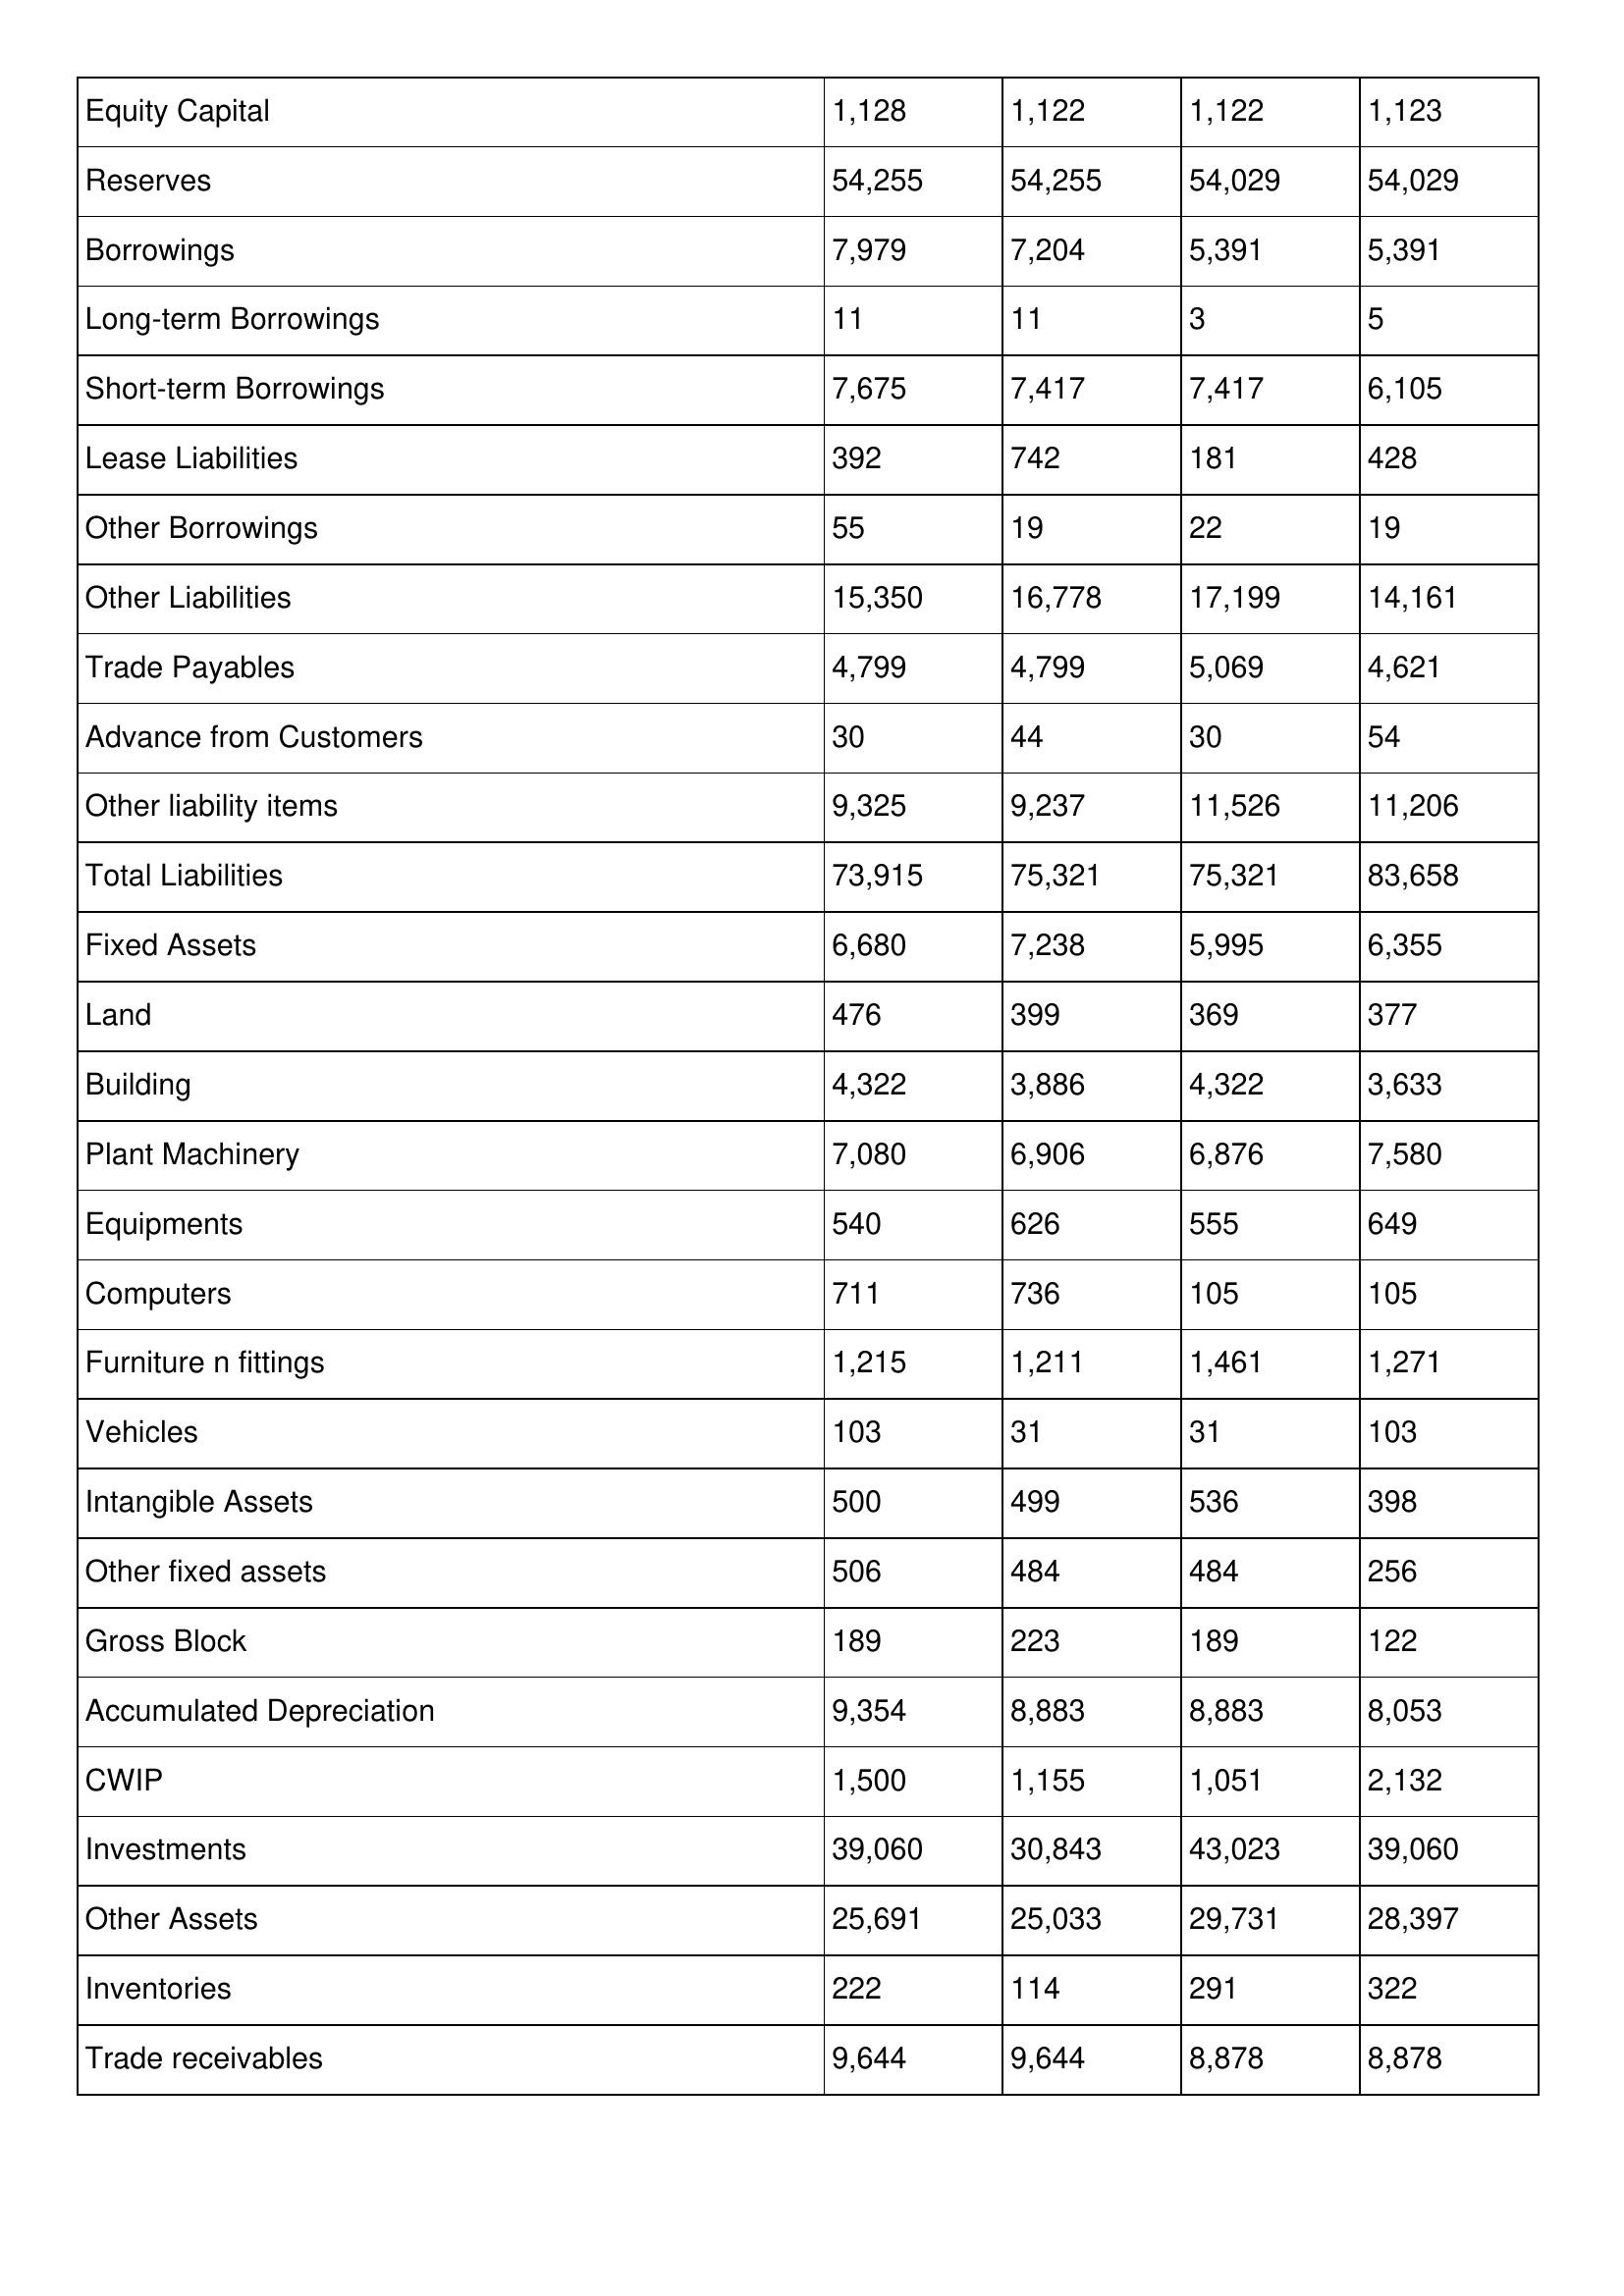
gt_parse: 2008: Balance Sheet: Equity Capital: 1,128
Reserves: 54,255
Borrowings: 7,979
Long-term Borrowings: 11
Short-term Borrowings: 7,675
Lease Liabilities: 392
Other Borrowings: 55
Other Liabilities: 15,350
Trade Payables: 4,799
Advance from Customers: 30
Other liability items: 9,325
Total Liabilities: 73,915
Fixed Assets: 6,680
Land: 476
Building: 4,322
Plant Machinery: 7,080
Equipments: 540
Computers: 711
Furniture n fittings: 1,215
Vehicles: 103
Intangible Assets: 500
Other fixed assets: 506
Gross Block: 189
Accumulated Depreciation: 9,354
CWIP: 1,500
Investments: 39,060
Other Assets: 25,691
Inventories: 222
Trade receivables: 9,644
2007: Balance Sheet: Equity Capital: 1,122
Reserves: 54,255
Borrowings: 7,204
Long-term Borrowings: 11
Short-term Borrowings: 7,417
Lease Liabilities: 742
Other Borrowings: 19
Other Liabilities: 16,778
Trade Payables: 4,799
Advance from Customers: 44
Other liability items: 9,237
Total Liabilities: 75,321
Fixed Assets: 7,238
Land: 399
Building: 3,886
Plant Machinery: 6,906
Equipments: 626
Computers: 736
Furniture n fittings: 1,211
Vehicles: 31
Intangible Assets: 499
Other fixed assets: 484
Gross Block: 223
Accumulated Depreciation: 8,883
CWIP: 1,155
Investments: 30,843
Other Assets: 25,033
Inventories: 114
Trade receivables: 9,644
2006: Balance Sheet: Equity Capital: 1,122
Reserves: 54,029
Borrowings: 5,391
Long-term Borrowings: 3
Short-term Borrowings: 7,417
Lease Liabilities: 181
Other Borrowings: 22
Other Liabilities: 17,199
Trade Payables: 5,069
Advance from Customers: 30
Other liability items: 11,526
Total Liabilities: 75,321
Fixed Assets: 5,995
Land: 369
Building: 4,322
Plant Machinery: 6,876
Equipments: 555
Computers: 105
Furniture n fittings: 1,461
Vehicles: 31
Intangible Assets: 536
Other fixed assets: 484
Gross Block: 189
Accumulated Depreciation: 8,883
CWIP: 1,051
Investments: 43,023
Other Assets: 29,731
Inventories: 291
Trade receivables: 8,878
2005: Balance Sheet: Equity Capital: 1,123
Reserves: 54,029
Borrowings: 5,391
Long-term Borrowings: 5
Short-term Borrowings: 6,105
Lease Liabilities: 428
Other Borrowings: 19
Other Liabilities: 14,161
Trade Payables: 4,621
Advance from Customers: 54
Other liability items: 11,206
Total Liabilities: 83,658
Fixed Assets: 6,355
Land: 377
Building: 3,633
Plant Machinery: 7,580
Equipments: 649
Computers: 105
Furniture n fittings: 1,271
Vehicles: 103
Intangible Assets: 398
Other fixed assets: 256
Gross Block: 122
Accumulated Depreciation: 8,053
CWIP: 2,132
Investments: 39,060
Other Assets: 28,397
Inventories: 322
Trade receivables: 8,878